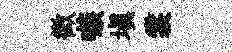
徵嗾塡裳